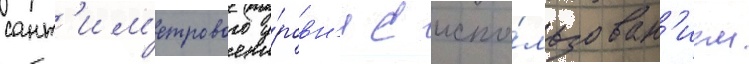
сант'им'етрового у́ровн'я с испо́льзован'ием